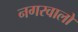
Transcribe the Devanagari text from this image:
नगरवालों